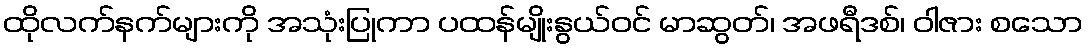
ထိုလက်နက်များကို အသုံးပြုကာ ပထန်မျိုးနွယ်ဝင် မာဆွတ်၊ အဖရီဒစ်၊ ဝါဇား စသော